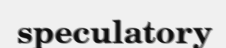
speculatory